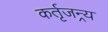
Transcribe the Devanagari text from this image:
कर्तृजन्र्य